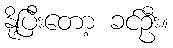
နို့ပြီးတော့ ခင်ဦး။